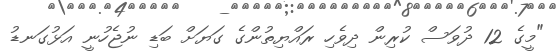
"މީގެ 12 ދުވަސް ކުރިން ދިވެހި ރައްޔިތުންގެ ގަޔަށް ބަޑި ނުޖެހުނީ އަޅުގަނޑު